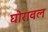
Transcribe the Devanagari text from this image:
घोरावल